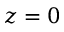
z = 0